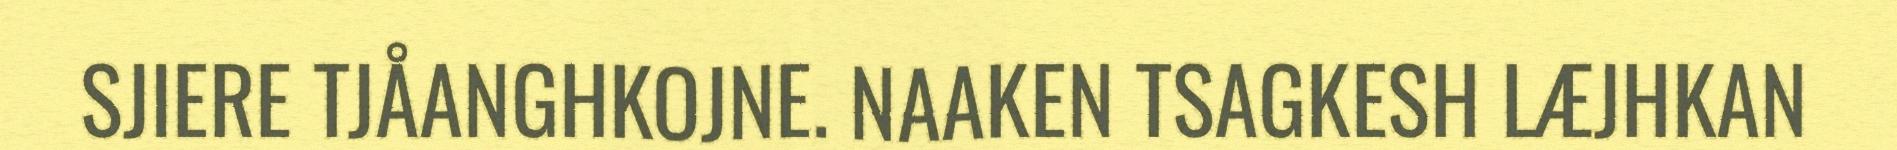
SJIERE TJÅANGHKOJNE. NAAKEN TSAGKESH LÆJHKAN